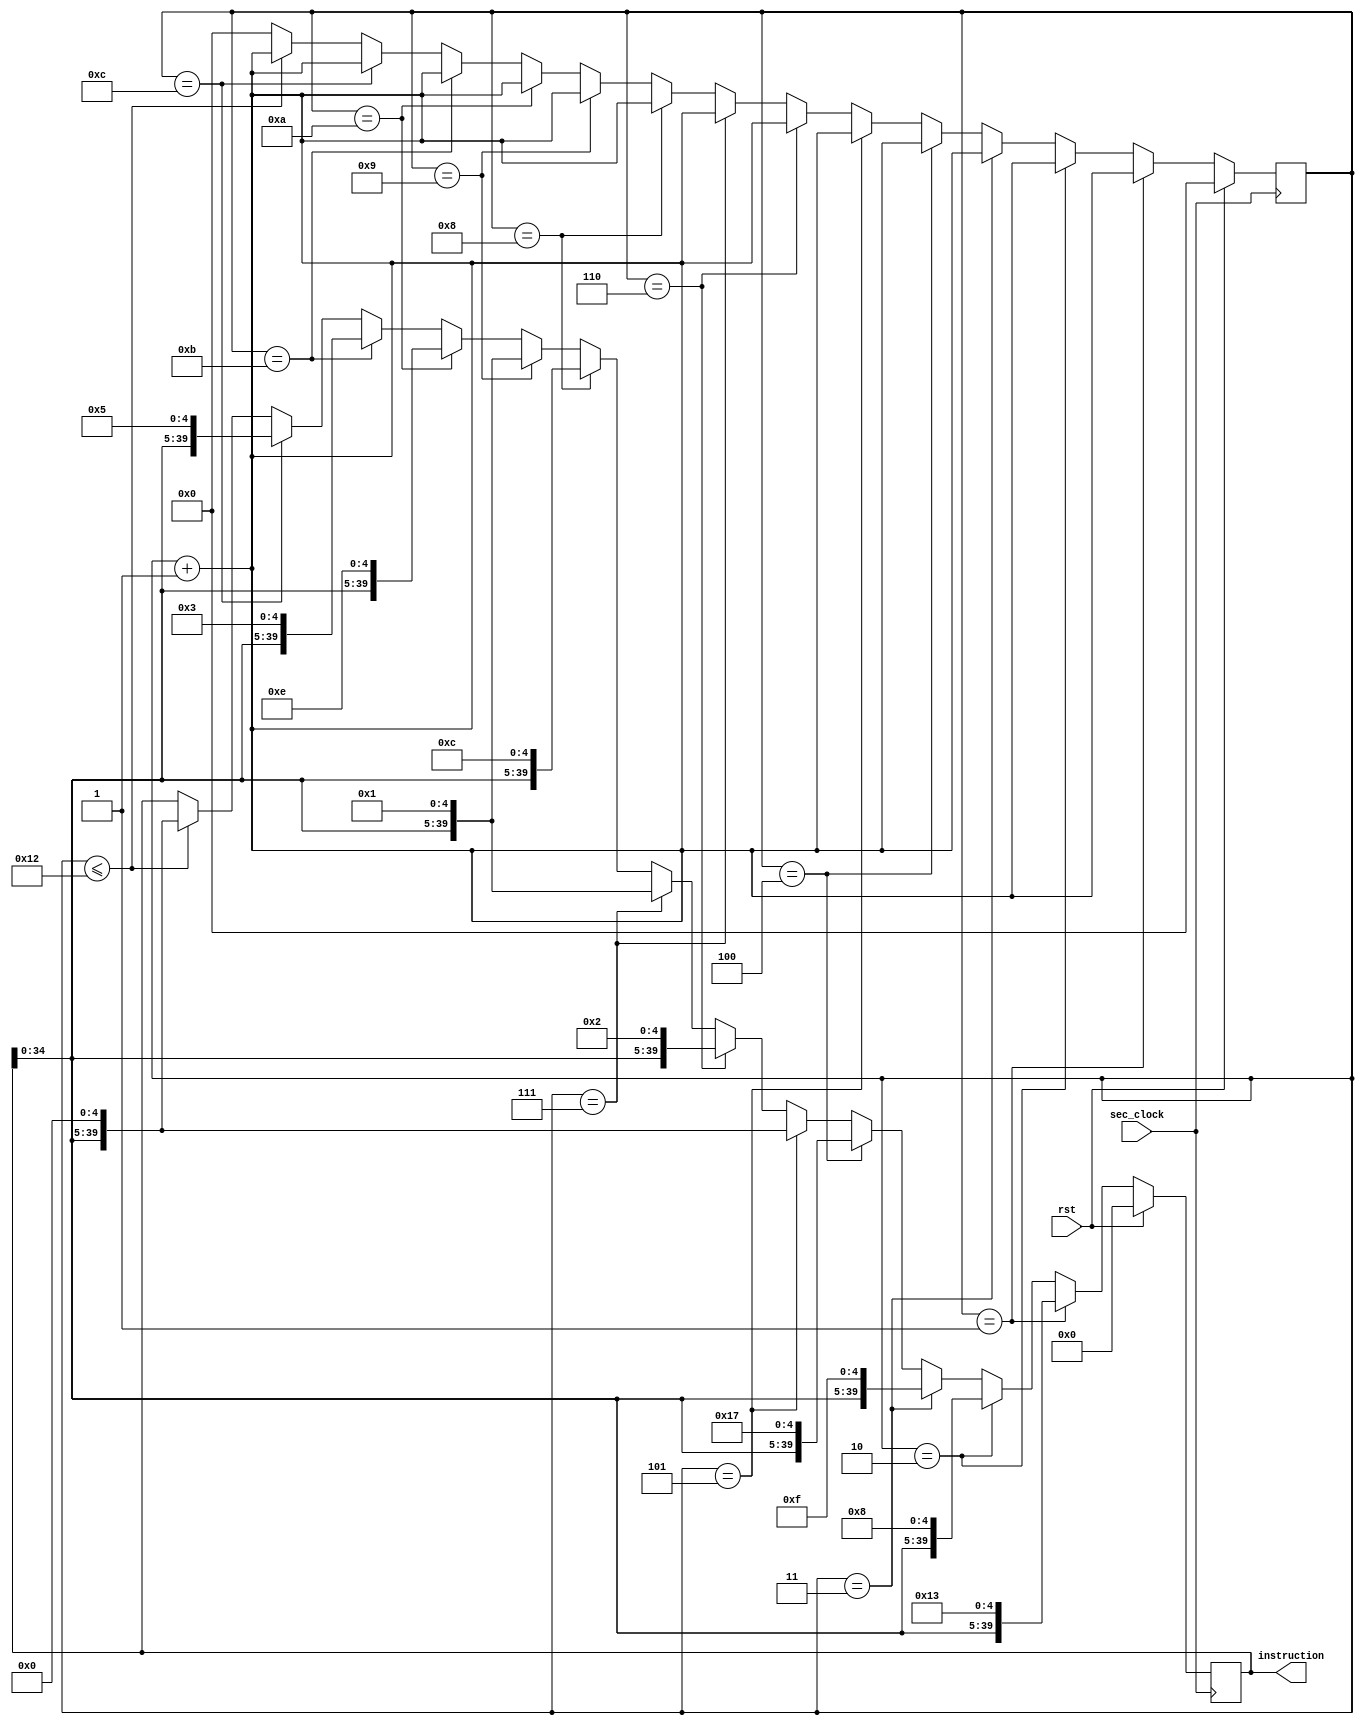
`timescale 1ns / 1ps
//////////////////////////////////////////////////////////////////////////////////
// Company: 
// Engineer: 
// 
// Design Name: 
// Module Name: inst_balance
// Project Name: 
// Target Devices: 
// Tool Versions: 
// Description: 
// 
// Dependencies: 
// 
// Revision:
// Revision 0.01 - File Created
// Additional Comments:
// 
//////////////////////////////////////////////////////////////////////////////////


module inst_balance(
    input sec_clock,
    input rst,
    output [39:0] instruction
    );

    reg[39:0] temp = 40'b0000000000000000000000000000000000000000;
    reg[7:0] count;
    
    
    always@(posedge sec_clock)
    begin
        if (rst == 1)
        begin
            count <= 0;
            temp = 40'b0000000000000000000000000000000000000000;
        end
        else
        begin
            count <= count + 1;
            if (count == 1)
            begin
                temp = { temp[34:0], 5'b10011};
            end
            else if (count == 2)
            begin
                temp = { temp[34:0], 5'b01000};
            end
            else if (count == 3)
            begin
                temp = { temp[34:0], 5'b01111};
            end
            else if (count == 4)
            begin
                temp = { temp[34:0], 5'b10111};
            end
            else if (count == 5)
            begin
                temp = { temp[34:0], 5'b00000};
            end
            else if (count == 6)
            begin
                temp = { temp[34:0], 5'b00010};
            end
            else if (count == 7)
            begin
                temp = { temp[34:0], 5'b00001};
            end
            else if (count == 8)
            begin
                temp = { temp[34:0], 5'b01100};
            end
            else if (count == 9)
            begin
                temp = { temp[34:0], 5'b00001};
            end
            else if (count == 10)
            begin
                temp = { temp[34:0], 5'b01110};
            end
            else if (count == 11)
            begin
                temp = { temp[34:0], 5'b00011};
            end
            else if (count == 12)
            begin
                temp = { temp[34:0], 5'b00101};
            end
            else
            begin
                if( count<= 18)
                    temp <= { temp[34:0],5'b00000};
                else
                    count <= 0;
            end
        end
    end
    
    assign instruction = temp;
    
endmodule